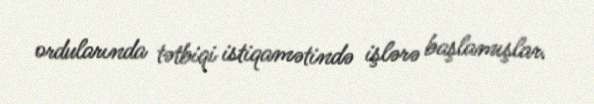
ordularında tətbiqi istiqamətində işlərə başlamışlar.